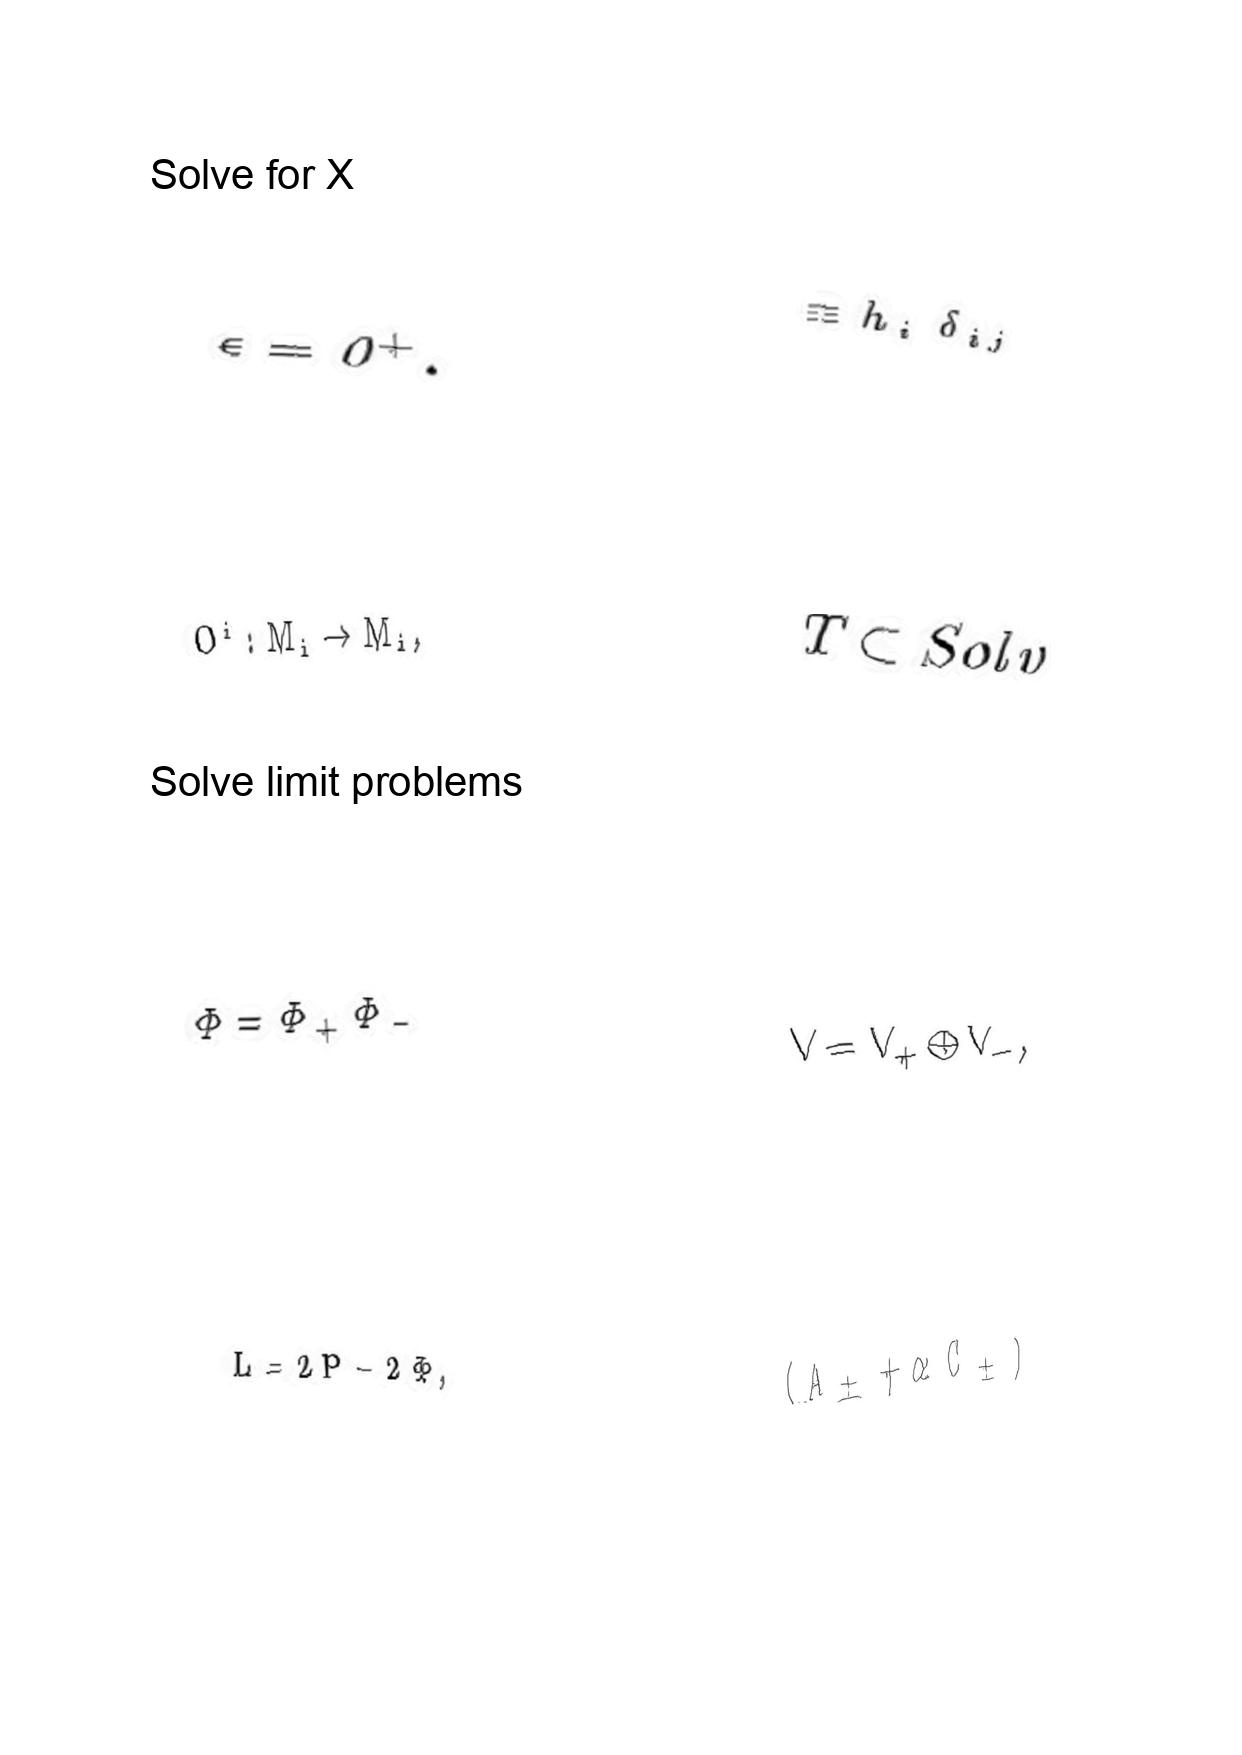
LaTeX transcription:
\epsilon = 0 ^ { + } .
O ^ { i } : M _ { i } \rightarrow M _ { i } ,
\Phi = \Phi _ { + } \Phi _ { - }
L = 2 P - 2 \Phi ,
\equiv h _ { i } \delta _ { i j }
T \subset S o l v
V = V _ { + } \oplus V _ { - } ,
\lparen A _ { \pm } + \alpha C _ { \pm } \rparen